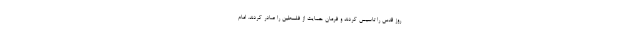
روز قدس را تاسیس کردند و فرمان حمایت از فلسطین را صادر کردند. امام